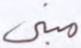
مبني